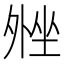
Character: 𫮋